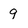
Character: g